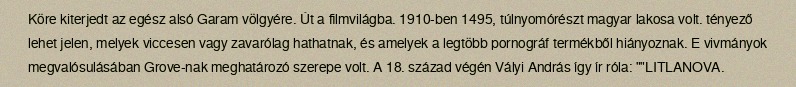
Köre kiterjedt az egész alsó Garam völgyére. Út a filmvilágba. 1910-ben 1495, túlnyomórészt magyar lakosa volt. tényező lehet jelen, melyek viccesen vagy zavarólag hathatnak, és amelyek a legtöbb pornográf termékből hiányoznak. E vivmányok megvalósulásában Grove-nak meghatározó szerepe volt. A 18. század végén Vályi András így ír róla: ""LITLANOVA.